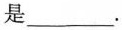
是___.